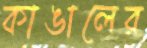
কাঙালের